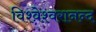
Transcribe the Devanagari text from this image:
विश्वेश्वरानन्द